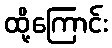
ထို့ကြောင်း